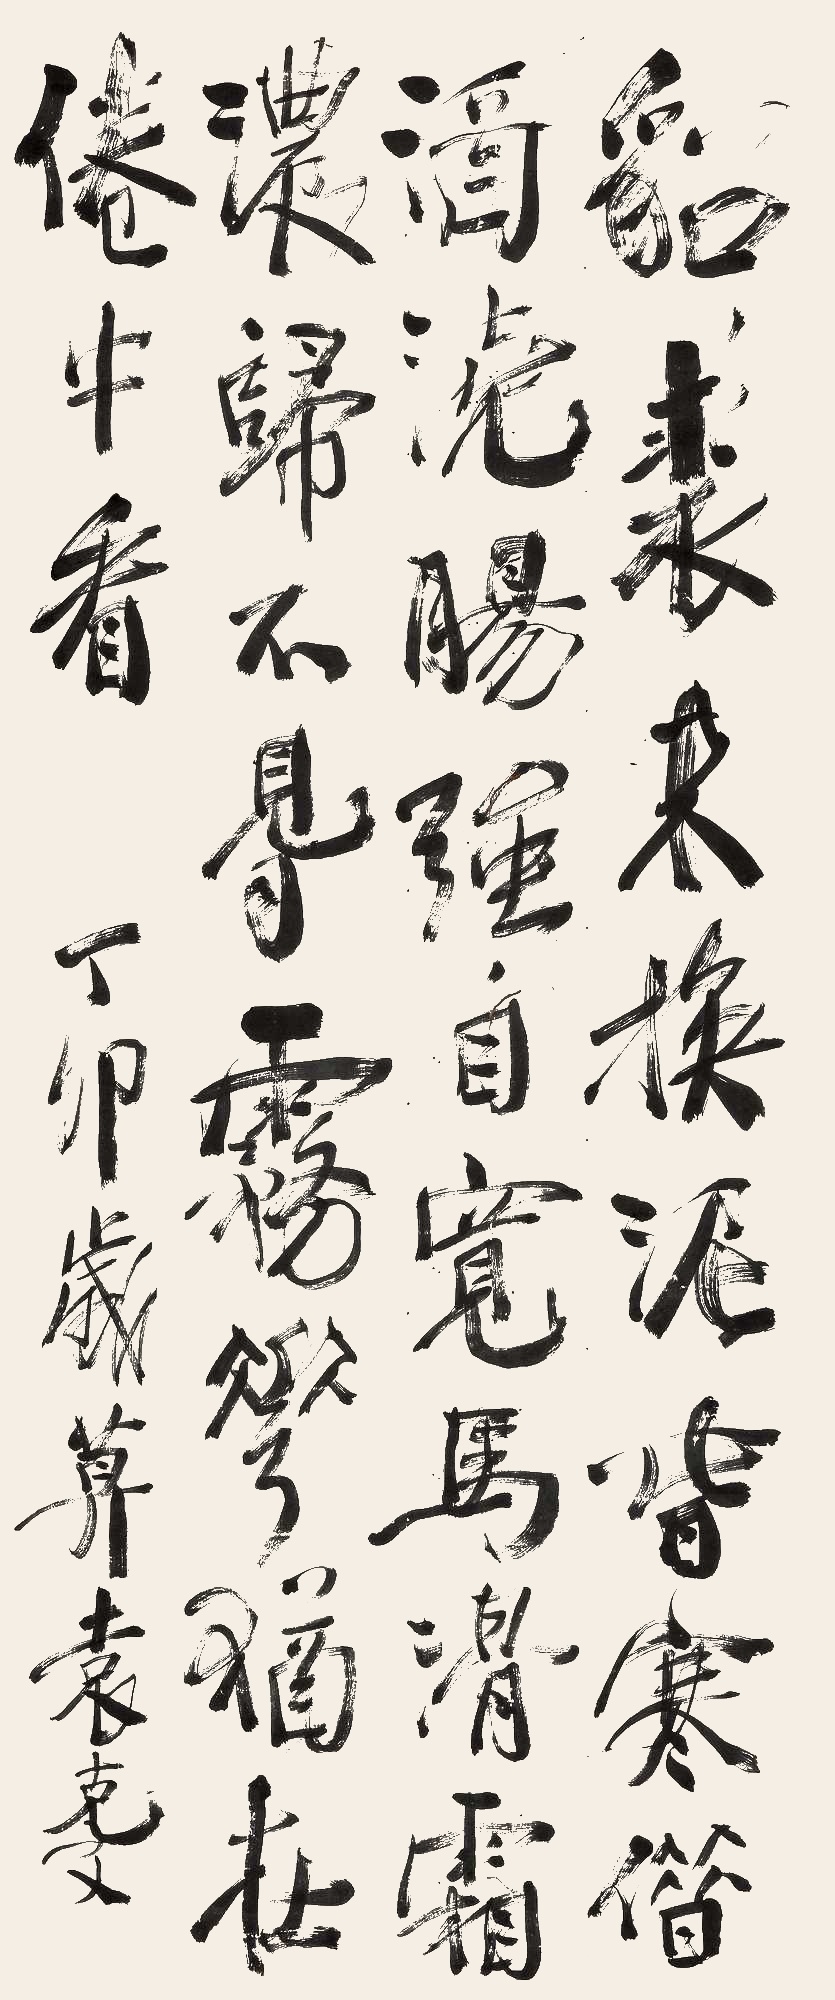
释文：貂裘未换泥春寒，借酒浇肠强自宽。马滑霜浓归不得，雾花犹在倦中看。丁卯岁暮，袁克文。